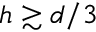
h \gtrsim d / 3